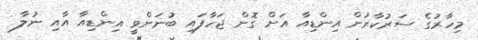
މިހާރުގެ ސަރުކާރުން އިންޑިއާ އަށް ގޮން ޖަހާފައި ބުނަންވީ އިންޑިއާ އާއި ނުލާ